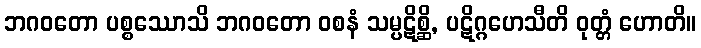
ဘဂဝတော ပစ္စဿောသိ ဘဂဝတော ဝစနံ သမ္ပဋိစ္ဆိ, ပဋိဂ္ဂဟေသီတိ ဝုတ္တံ ဟောတိ။